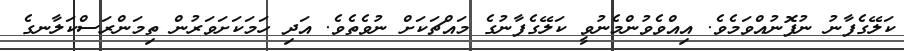
ކަލޭގެފާނު ނުފޮނުއްވަމެވެ. އިއްވެވުންމެނުވީ ކަލޭގެފާނުގެ މައްޗަކަށް ނުވެތެވެ. އަދި ހަމަކަށަވަރުން ތިމަންރަސްކަލާނގެ